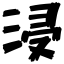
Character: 浸